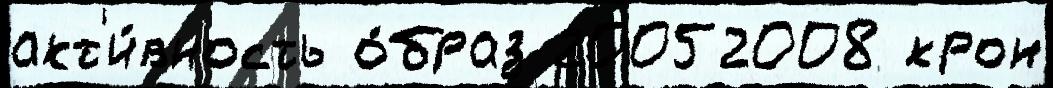
акт'и́вность о́браз 20052008 крон